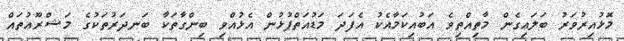
މޮޅުއިރުވަރު ބަލައިގެން މާތިއްތިވެ އަބުއިކަމާއެކު އެފަދަ މަޑުއަތްޕުޅުން އެޅުއްވި ބިންގާތަކާ ބަނދަރުތަކުގެ މަޝްރޫޢުތައް